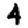
Digit: 4